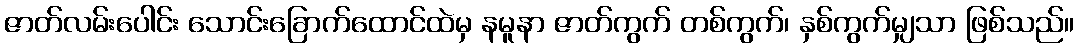
ဇာတ်လမ်းပေါင်း သောင်းခြောက်ထောင်ထဲမှ နမူနာ ဇာတ်ကွက် တစ်ကွက်၊ နှစ်ကွက်မျှသာ ဖြစ်သည်။